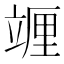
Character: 竰